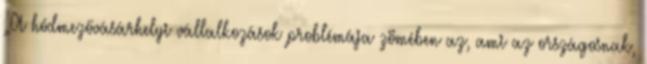
„A hódmezővásárhelyi vállalkozások problémája zömében az, ami az országosnak,